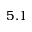
5 . 1